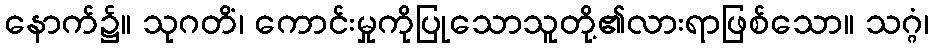
နောက်၌။ သုဂတိံ၊ ကောင်းမှုကိုပြုသောသူတို့၏လားရာဖြစ်သော။ သဂ္ဂံ၊